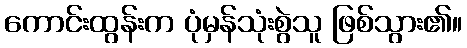
ကောင်းထွန်းက ပုံမှန်သုံးစွဲသူ ဖြစ်သွား၏။